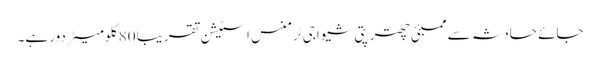
جائے حادثہ سے ممبئی چھترپتی شیواجی ٹرمنس اسٹیشن تقریباً 80 کلو میٹر دور ہے۔